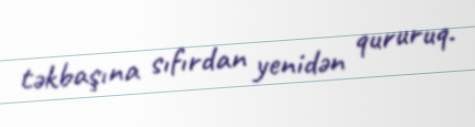
təkbaşına sıfırdan yenidən qururuq.